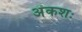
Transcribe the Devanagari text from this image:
अंकशः